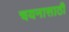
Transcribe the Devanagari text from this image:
चयनासाठी